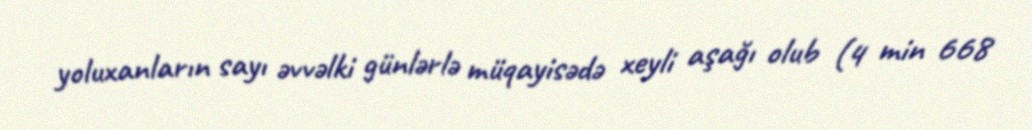
yoluxanların sayı əvvəlki günlərlə müqayisədə xeyli aşağı olub (4 min 668